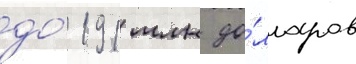
до́ 191 млн до́лларов